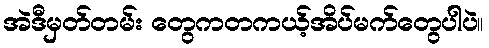
အဲဒီမှတ်တမ်း တွေကတကယ့်အိပ်မက်တွေပါပဲ။